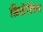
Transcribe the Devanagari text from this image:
ग्रिसेलिय